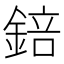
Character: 錇